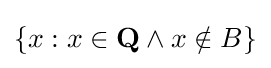
\{x:x\in {\textbf {Q}}\land x\notin B\}